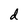
Character: d